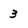
Character: 3